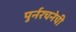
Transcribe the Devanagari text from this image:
पुर्नरचनेची